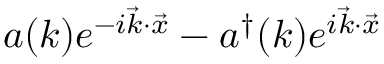
a ( k ) e ^ { - i \vec { k } \cdot \vec { x } } - a ^ { \dagger } ( k ) e ^ { i \vec { k } \cdot \vec { x } }